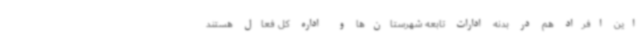
این افراد هم در بدنه ادارات تابعه شهرستان‌ها و اداره کل فعال هستند